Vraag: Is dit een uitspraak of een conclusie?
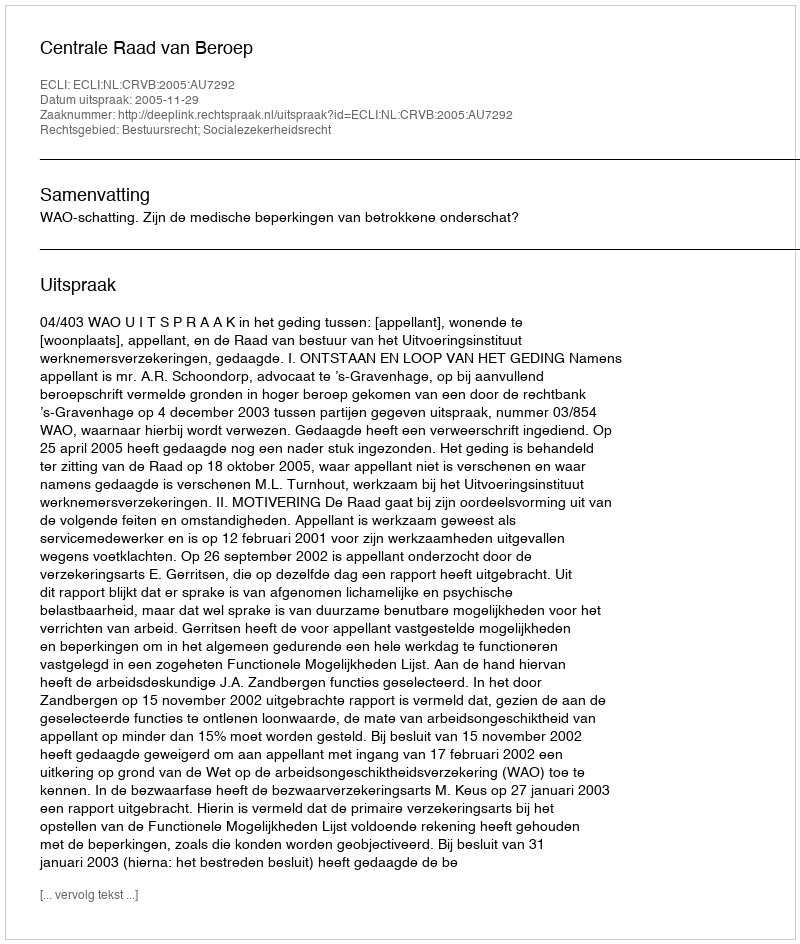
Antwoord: Uitspraak